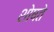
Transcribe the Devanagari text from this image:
शोषते